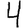
Digit: 4